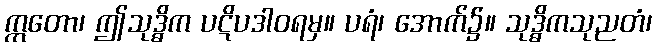
ဣတော၊ ဤသုဒ္ဓိက ပဋိပဒါဝရမှ။ ပရံ၊ အောက်၌။ သုဒ္ဓိကသုညတံ၊